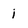
Character: i